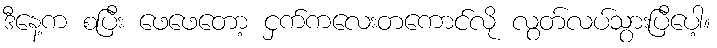
ဒီနေ့က စပြီး ဖေဖေတော့ ငှက်ကလေးတကောင်လို လွတ်လပ်သွားပြီပေါ့။